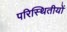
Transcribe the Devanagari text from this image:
परिस्थितीयों